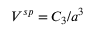
V ^ { s p } = C _ { 3 } / a ^ { 3 }